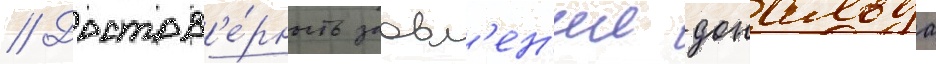
// Достов'е́рность заавл'ен'ии дональда